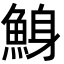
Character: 鯓